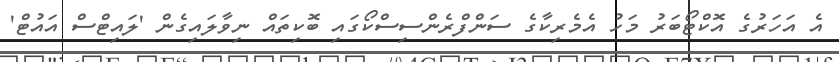
އެ އަހަރުގެ އޮކްޓޯބަރު މަހު އެމެރިކާގެ ސަންފްރެންސިސްކޯގައި ބޮކިތައް ނިވާލައިގެން 'ލައިޓްސް އައުޓް'